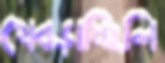
থেব্‌ড়াচ্ছিলি